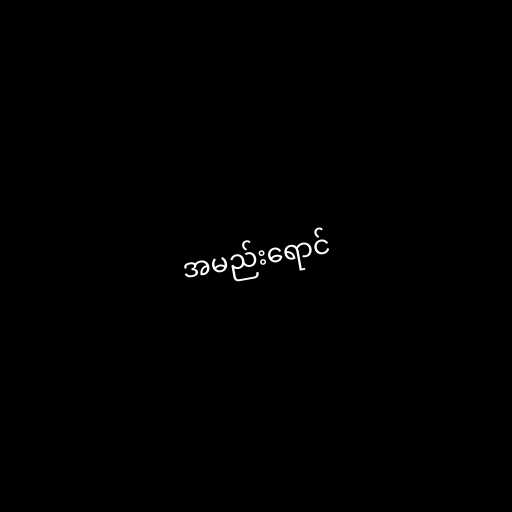
အမည်းရောင်